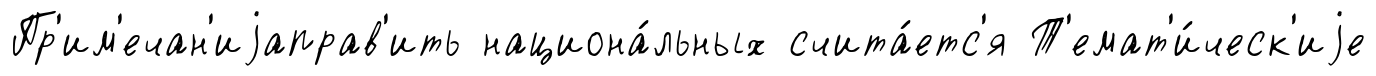
Пр'им'ечан'иjаправ'ить национа́льных счита́етс'я Т'емат'и́ческ'иjе